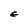
Character: E